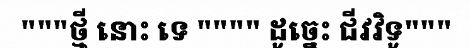
"""ថ្មី នោះ ទេ """" ដូច្នេះ ជីវវិទូ"""